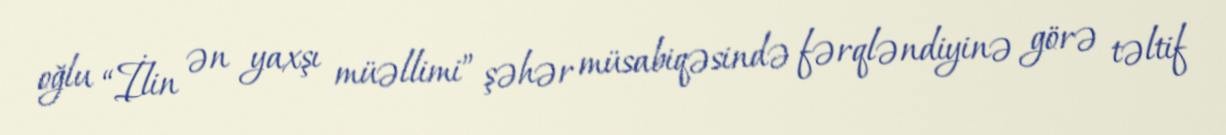
oğlu “İlin ən yaxşı müəllimi” şəhər müsabiqəsində fərqləndiyinə görə təltif